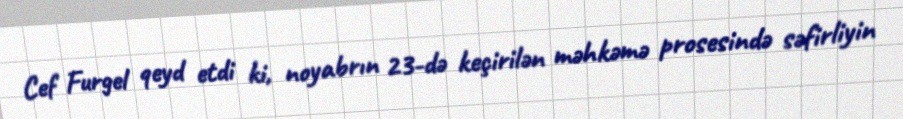
Cef Furgel qeyd etdi ki, noyabrın 23-də keçirilən məhkəmə prosesində səfirliyin